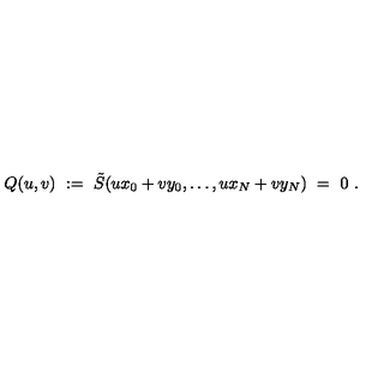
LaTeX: Q ( u , v ) \ : = \ \tilde { S } ( u x _ { 0 } + v y _ { 0 } , \ldots , u x _ { N } + v y _ { N } ) \ = \ 0 \ .